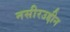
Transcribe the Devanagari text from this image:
नसीरउद्दीन